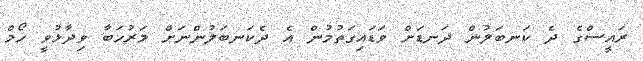
ރައީސްގެ ދެ ކަނބަލުން ދަނޑަށް ވަޑައިގަތުމުން އެ ދެކަނބަލުންނަށް މަރުހަބާ ވިދާޅުވީ ހޯމް